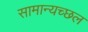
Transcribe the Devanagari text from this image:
सामान्यच्छल